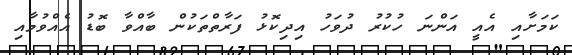
ކަމަށާއި އެއީ އަންނަ ހުކުރު ދުވަހު އިދިކޮޅު ފަރާތްތަކުން ބާއްވާ ބޮޑު އެެއްވުމާއި